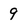
Character: 9